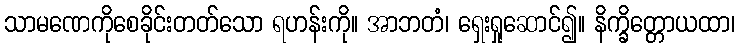
သာမဏေကိုစေခိုင်းတတ်သော ရဟန်းကို။ အာဘတံ၊ ရှေးရှုဆောင်၍။ နိက္ခိတ္တောယထာ၊